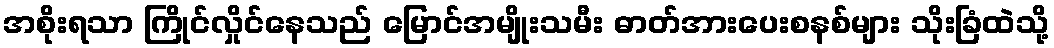
အစိုးရသာ ကြိုင်လှိုင်နေသည် မြောင်အမျိုးသမီး ဓာတ်အားပေးစနစ်များ သိုးခြံထဲသို့